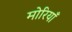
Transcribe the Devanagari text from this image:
मोरियाँ